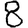
Digit: 8